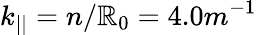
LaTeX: k_{||}=n/\mathbb{R}_{0}=4.0m^{-1}